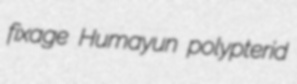
fixage Humayun polypterid